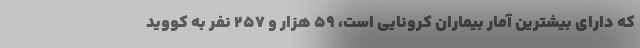
که دارای بیشترین آمار بیماران کرونایی است، ۵۹ هزار و ۲۵۷ نفر به کووید